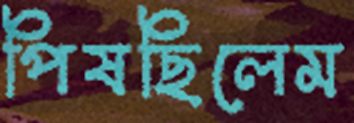
পিষছিলেম